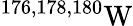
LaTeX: ^{176,178,180}\mathrm{W}